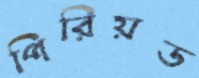
পিরিয়ড